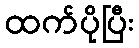
ထက်ပိုပြီး